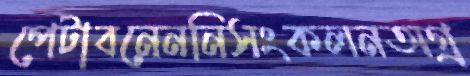
পেটাবনেননিসংকলনঅগ্র